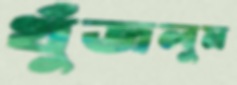
খুঁজলুম